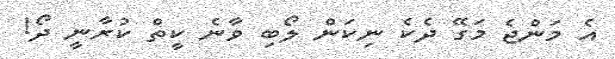
އެ މަންޖެ މަގޭ ދެކެ ނިކަން ލޯބި ވާނެ ކީތް ކުރާނީ ދޯ!